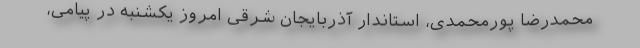
محمدرضا پورمحمدی، استاندار آذربایجان شرقی امروز یکشنبه در پیامی،